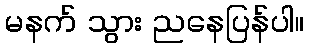
မနက် သွား ညနေပြန်ပါ။